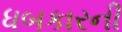
ધબકારની